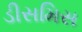
ડીસમિસ